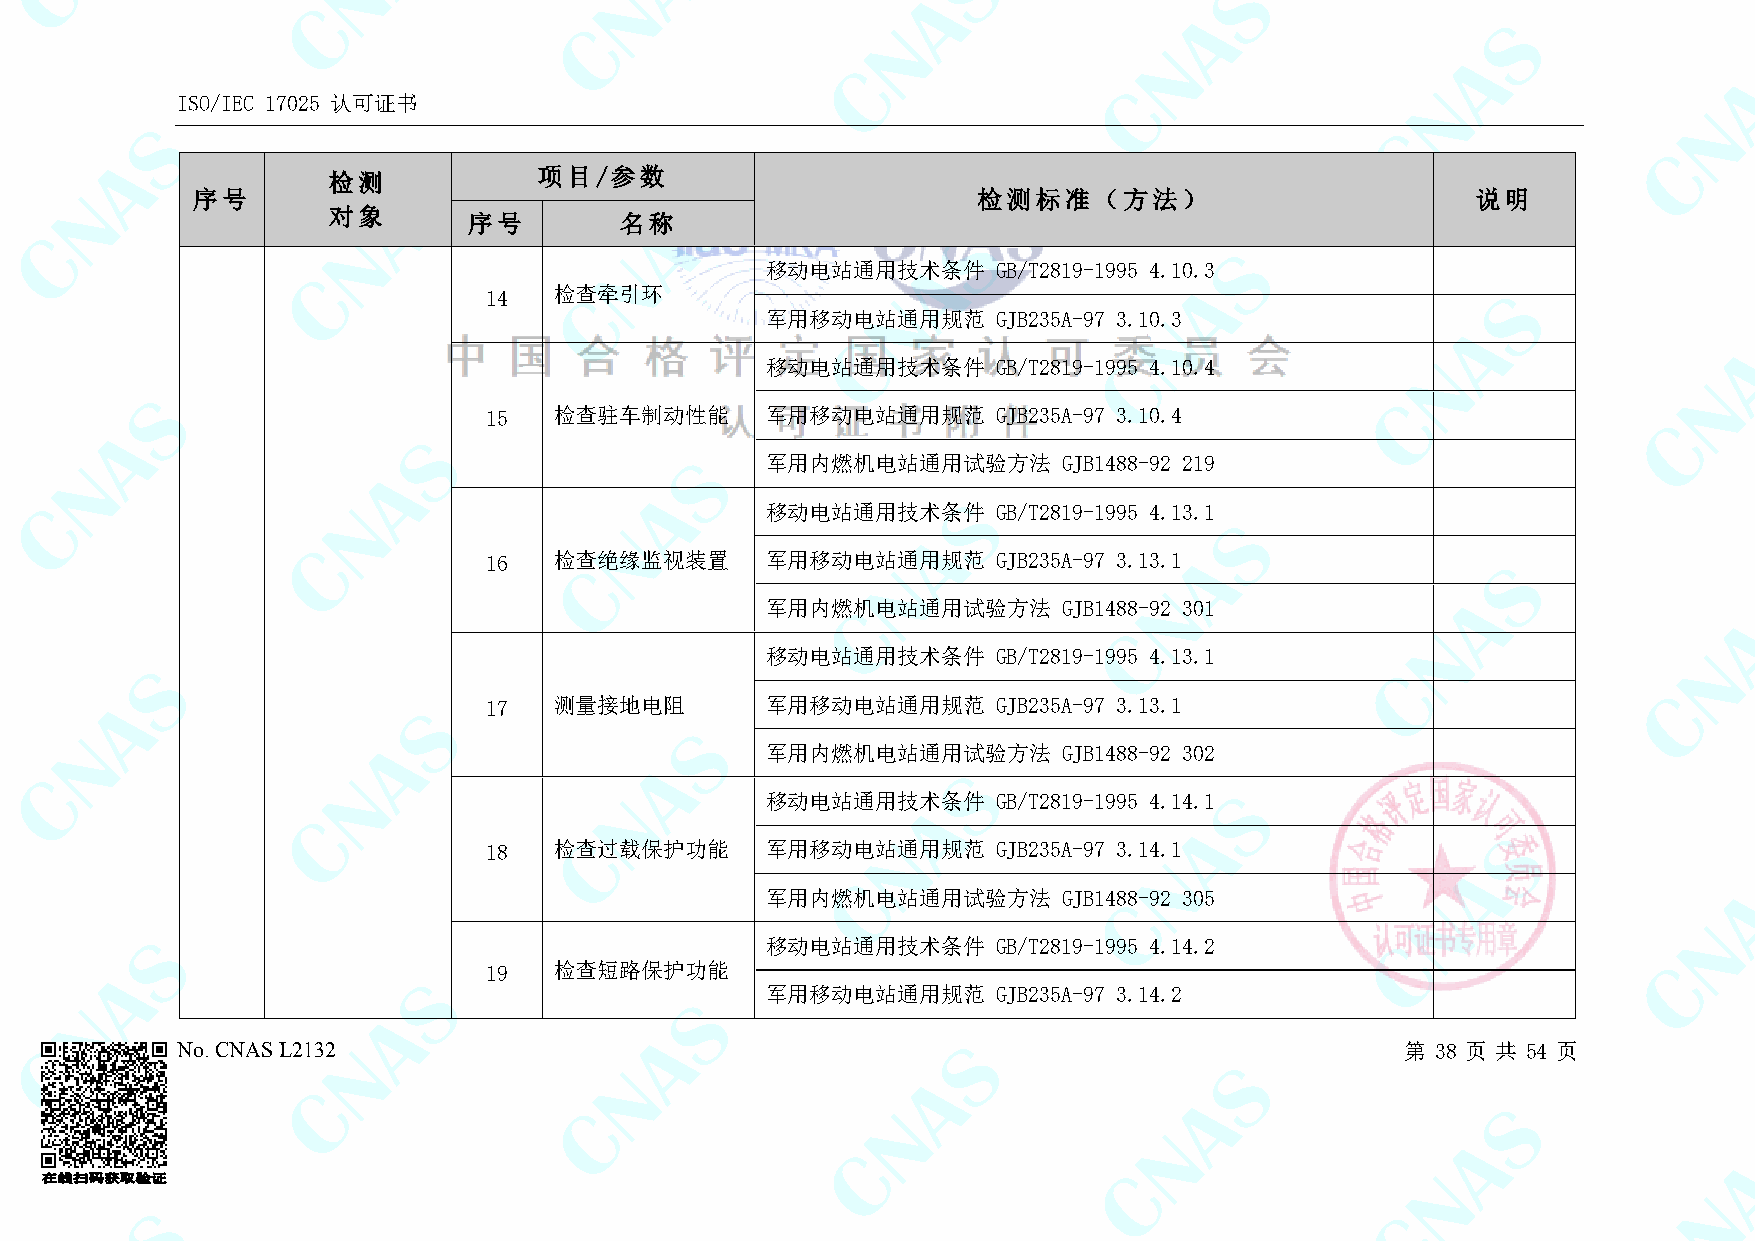
ISO/IEC 17025 认可证书
 检测            项目/参数
 序号                                                  检测标准（方法）                         说明
 对象
 序号        名称
 移动电站通用技术条件     GB/T2819-1995 4.10.3
 14   检查牵引环
 军用移动电站通用规范     GJB235A-97 3.10.3
 移动电站通用技术条件     GB/T2819-1995 4.10.4
 15   检查驻车制动性能      军用移动电站通用规范     GJB235A-97 3.10.4
 军用内燃机电站通用试验方法      GJB1488-92 219
 移动电站通用技术条件     GB/T2819-1995 4.13.1
 16   检查绝缘监视装置      军用移动电站通用规范     GJB235A-97 3.13.1
 军用内燃机电站通用试验方法      GJB1488-92 301
 移动电站通用技术条件     GB/T2819-1995 4.13.1
 17   测量接地电阻        军用移动电站通用规范     GJB235A-97 3.13.1
 军用内燃机电站通用试验方法      GJB1488-92 302
 移动电站通用技术条件     GB/T2819-1995 4.14.1
 18   检查过载保护功能      军用移动电站通用规范     GJB235A-97 3.14.1
 军用内燃机电站通用试验方法      GJB1488-92 305
 移动电站通用技术条件     GB/T2819-1995 4.14.2
 19   检查短路保护功能
 军用移动电站通用规范     GJB235A-97 3.14.2
 No. CNAS L2132                                                                   第 38 页 共 54 页